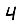
Digit: 4